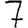
Digit: 7